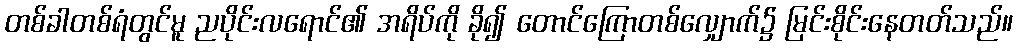
တစ်ခါတစ်ရံတွင်မူ ညပိုင်းလရောင်၏ အရိပ်ကို ခို၍ တောင်ကြောတစ်လျှောက်၌ မြင်းစိုင်းနေတတ်သည်။